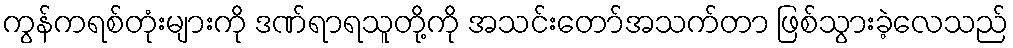
ကွန်ကရစ်တုံးများကို ဒဏ်ရာရသူတို့ကို အသင်းတော်အသက်တာ ဖြစ်သွားခဲ့လေသည်